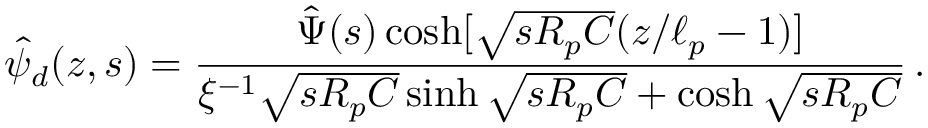
\hat { \psi } _ { d } ( z , s ) = \frac { \hat { \Psi } ( s ) \cosh [ \sqrt { s R _ { p } C } ( z / \ell _ { p } - 1 ) ] } { \xi ^ { - 1 } \sqrt { s R _ { p } C } \sinh \sqrt { s R _ { p } C } + \cosh \sqrt { s R _ { p } C } } \, .